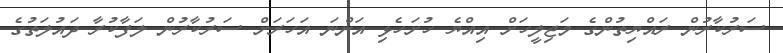
ސަރުކާރުން ރައްޔިތުންގެ މަޖިލީހަށް އިއްޔެ ހުށަހެޅި އަންނަ އަހަރަށް ސަރުކާރުން ލަފާކުރާ ދައުލަތުގެ